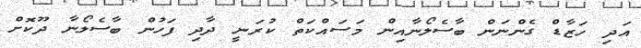
އަދި ހަޒާޑް ގެންނަން ބާސެލޯނާއިން މަސައްކަތް ކުރަނީ ދާދި ފަހުން ބާސެލޯނާ ދޫކޮށް